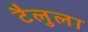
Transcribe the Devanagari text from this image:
टैलुला